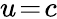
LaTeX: u\! =\! c